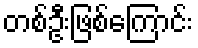
တစ်ဦးဖြစ်ကြောင်း